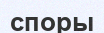
споры